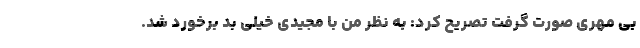
بی مهری صورت گرفت تصریح کرد: به نظر من با مجیدی خیلی بد برخورد شد.